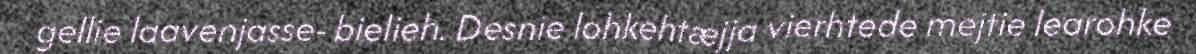
gellie laavenjasse- bielieh. Desnie lohkehtæjja vierhtede mejtie learohke